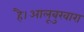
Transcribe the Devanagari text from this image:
है।आलूबुखारा